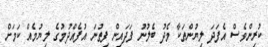
ކުރިންވެސް އެފަދަ ލިޔުންތަކާ މެދު ބެލުނު ފަދައިން ފިތުނަ އުފެއްދުމުގެ ލިޔުމެއް ކަމަށް